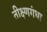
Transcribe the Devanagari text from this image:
तीक्ष्णगंधा